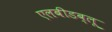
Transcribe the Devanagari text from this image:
एलबीडब्लू